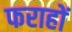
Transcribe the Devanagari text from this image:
फराहों